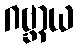
ဂဗ္ဘာယ